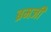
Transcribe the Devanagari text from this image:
ब्रमजी